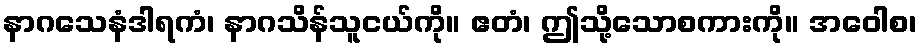
နာဂသေနံဒါရကံ၊ နာဂသိန်သူငယ်ကို။ ဧတံ၊ ဤသို့သောစကားကို။ အဝေါစ၊